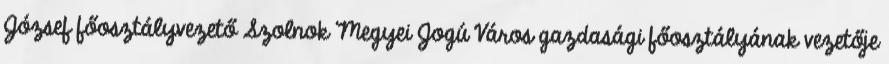
József főosztályvezető Szolnok Megyei Jogú Város gazdasági főosztályának vezetője